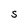
Character: S